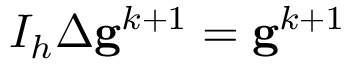
I _ { h } \Delta \mathbf { g } ^ { k + 1 } = \mathbf { g } ^ { k + 1 }